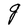
Character: g